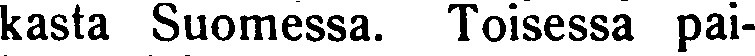
kasta Suomessa. Toisessa pai-